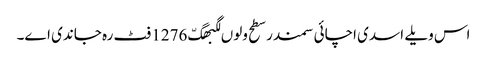
اس ویلے اسدی اچائی سمندر سطح ولوں لگبھگّ 1276 فٹ رہ جاندی اے۔